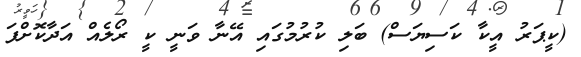
(ކީޕަރު އީކާ ކަސިޔަސް) ބަލި ކުރުމުގައި އޭނާ ވަނީ ކީ ރޯލެއް އަދާކޮށްފަ